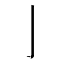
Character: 亅